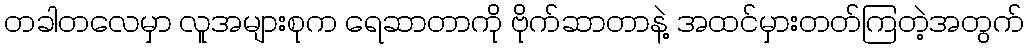
တခါတလေမှာ လူအများစုက ရေဆာတာကို ဗိုက်ဆာတာနဲ့ အထင်မှားတတ်ကြတဲ့အတွက်